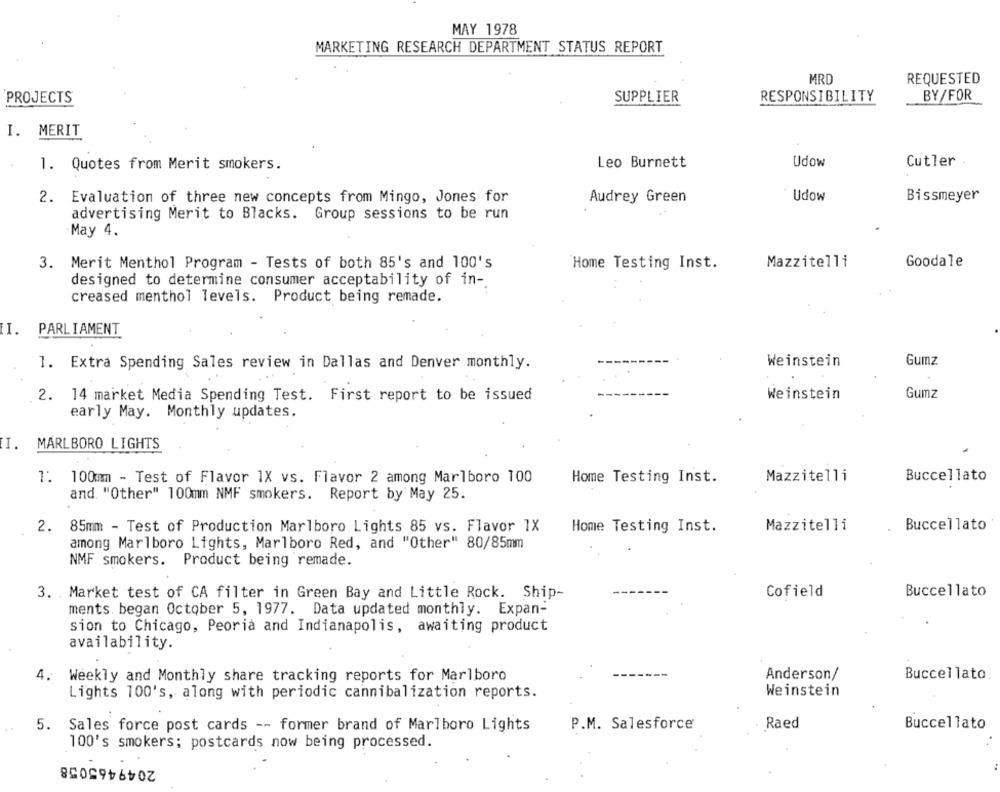
MAY 1978
MARKETING RESEARCH DEPARTMENT STATUS REPORT
MRD
REQUESTED
BY/FOR
PROJECTS
SUPPLIER
RESPONSIBILITY
I. MERIT
1. Quotes from Merit smokers.
Leo Burnett
Udow
Cutler
2. Evaluation of three new concepts from Mingo, Jones for
Audrey Green
Udow
Bissmeyer
advertising Merit to Blacks. Group sessions to be run
May 4.
3. Merit Menthol Program - Tests of both 85's and 100's
Home Testing Inst.
Mazzitelli
Goodale
designed to determine consumer acceptability of in -.
creased menthol levels. Product being remade.
-
PARLIAMENT
Weinstein
Gumz
1. Extra Spending Sales review in Dallas and Denver monthly.
Weinstein
Gumz
2. 14 market Media Spending Test. First report to be issued
early May. Monthly updates.
I.
MARLBORO LIGHTS
1: 100mm - Test of Flavor 1X vs. Flavor 2 among Marlboro 100
Home Testing Inst.
Mazzitelli
Buccellato
and. "Other" 100mm NMF smokers. Report by May 25.
2.
85mm - Test of Production Marlboro Lights 85 vs. Flavor 1X
Home Testing Inst.
Mazzitelli
Buccellato
among Marlboro Lights, Marlboro Red, and "Other" 80/85mm
NMF smokers. Product being remade.
3. Market test of CA filter in Green Bay and Little Rock. Ship-
Cofield
Buccellato
ments. began October 5, 1977. Data updated monthly. Expan-
sion to Chicago, Peoria and Indianapolis, awaiting product
availability.
4.
Weekly and Monthly share tracking reports for Marlboro
Anderson/
Buccellato
Lights 100's, along with periodic cannibalization reports.
Weinstein
5.
Sales force post cards -- former brand of Marlboro Lights
P.M. Salesforce
Raed
Buccellato
100's smokers; postcards now being processed.
2049465058